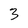
Character: 3